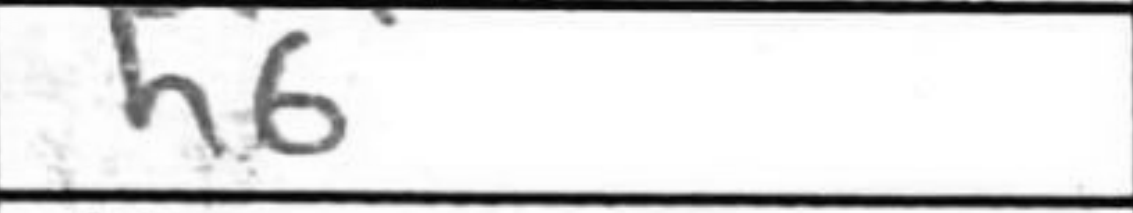
Transcription: h6